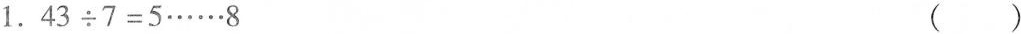
1.$$43\div 7=5……8$$ ( )